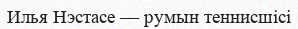
Илья Нэстасе — румын теннисшісі